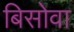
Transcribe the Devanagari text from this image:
बिसोवा